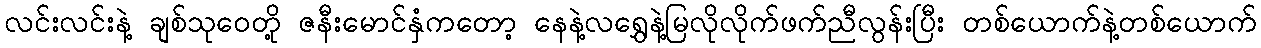
လင်းလင်းနဲ့ ချစ်သုဝေတို့ ဇနီးမောင်နှံကတော့ နေနဲ့လရွှေနဲ့မြလိုလိုက်ဖက်ညီလွန်းပြီး တစ်ယောက်နဲ့တစ်ယောက်